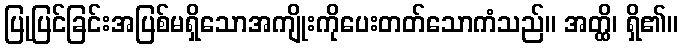
ပြုပြင်ခြင်းအပြစ်မရှိသောအကျိုးကိုပေးတတ်သောကံသည်။ အတ္ထိ၊ ရှိ၏။